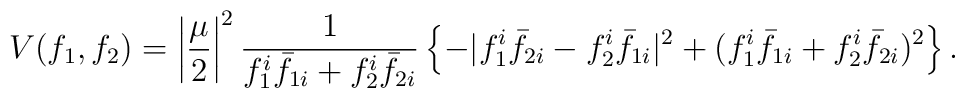
V(f_1,f_2) = \left|\frac{\mu}{2}\right|^2               \frac{1}{f_1^i {\bar{f}}_{1i} + f_2^i {\bar{f}}_{2i}}               \left\{-|f_1^i {\bar{f}}_{2i} - f_2^i {\bar{f}}_{1i}|^2           +(f_1^i {\bar{f}}_{1i} + f_2^i {\bar{f}}_{2i})^2 \right\}.